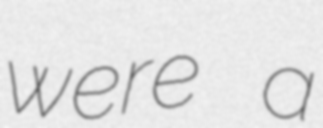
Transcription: were a